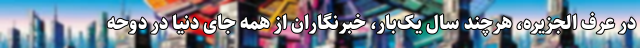
در عرف الجزیره، هرچند سال یک‌بار، خبرنگاران از همه جای دنیا در دوحه